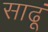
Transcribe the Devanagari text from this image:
साढूं